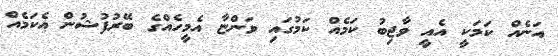
އަނެއް ކަމަކީ އެއީ ވާޖިބު ކަމެއް ކަމުގައި ވަންޏާ އެމީހެއްގެ ބޭރުފުޝުން އެކަމެއް